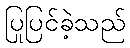
ပြုပြင်ခဲ့သည်